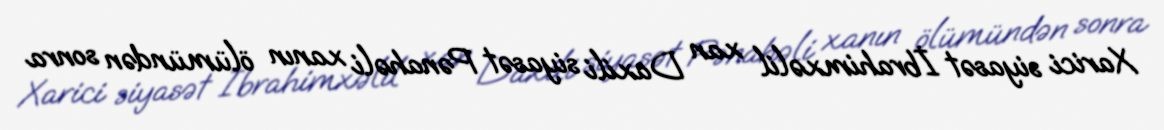
Xarici siyasət İbrahimxəlil xan Daxili siyasət Pənahəli xanın ölümündən sonra